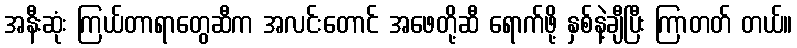
အနီးဆုံး ကြယ်တာရာတွေဆီက အလင်းတောင် အဖေတို့ဆီ ရောက်ဖို့ နှစ်နဲ့ချီပြီး ကြာတတ် တယ်။